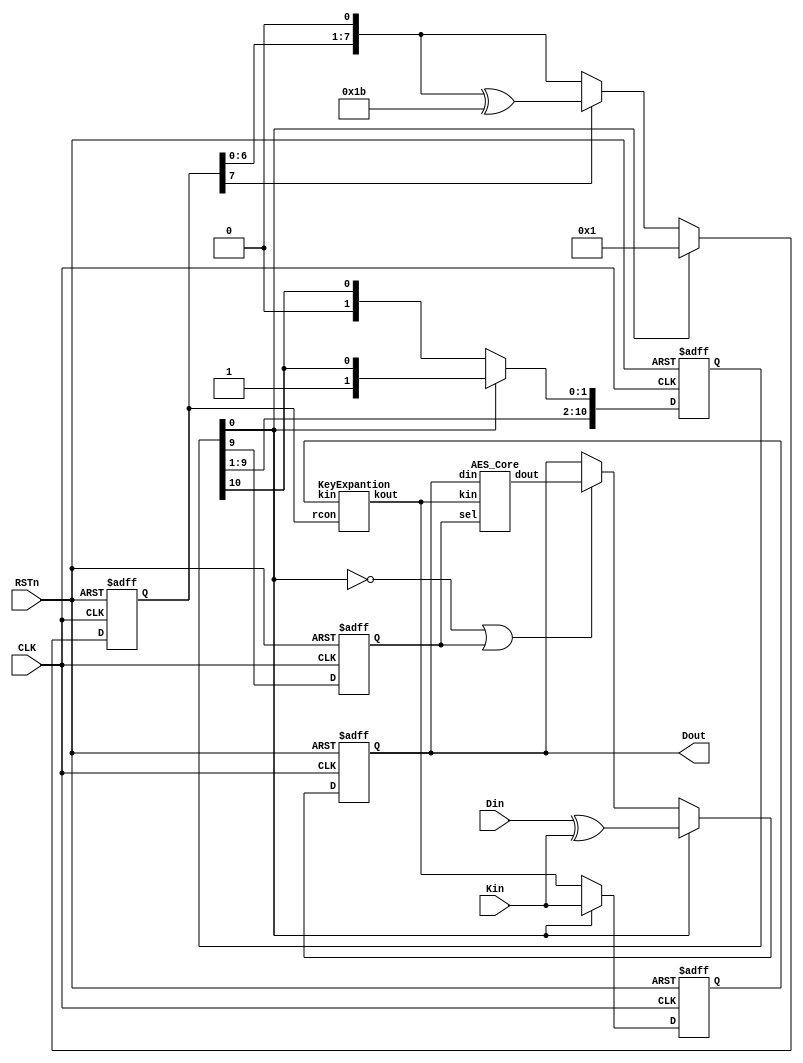
`timescale 1ns / 1ps
module aes(Kin, Din, Dout,CLK, RSTn);

   //------------------------------------------------
   input  [127:0] Kin;  // Key input
   input [127:0]  Din;  // Data input
   output [127:0] Dout; // Data output
   input          CLK;  // System clock
   input          RSTn; // Reset (Low active)

   //------------------------------------------------
   reg [127:0]    dat, rkey;
   wire [127:0]   dat_next, rkey_next;
   reg [10:0]      rnd;  
   reg [7:0]      rcon; 
  reg            sel;  // Indicate final round
   wire           rst;
   
   //------------------------------------------------
   assign rst = ~RSTn;
   
   AES_Core aes_core 
     (.din(dat),  .dout(dat_next),  .kin(rkey_next), .sel(sel));
   KeyExpantion keyexpantion 
     (.kin(rkey), .kout(rkey_next), .rcon(rcon));
   
   always @(posedge CLK or posedge rst) begin
      if (rst)             rnd <= 11'b0000_0000_01;
      else 
        if (rnd[0])     rnd <= {rnd[9:0], rnd[10]};
      else   if (~rnd[0]) rnd <= {rnd[9:0], rnd[10]};
      end
   always @(posedge CLK or posedge rst) begin
      if (rst)     sel <= 0;
      else  sel <= rnd[9];
   end
   always @(posedge CLK or posedge rst) begin
      if (rst)                 dat <= 128'h0;
      else begin
         if (rnd[0])            dat <= Din ^ Kin;
         else if (~rnd[0]|sel) dat <= dat_next;
      end
   end
   assign Dout = dat; 
   always @(posedge CLK or posedge rst) begin
      if (rst)         rkey <= 128'h0;
      else 
         if (rnd[0])  begin rkey <= Kin;end
         else             rkey <= rkey_next;
      end
  
   always @(posedge CLK or posedge rst) begin
     if (rst)          rcon <= 8'h01;
     else 
        if (rnd[0])    rcon <= 8'h01;
        else if (~rnd[0]) rcon <= xtime(rcon);
     end
 
   
   function [7:0] xtime;
      input [7:0] x;
      xtime = (x[7]==1'b0)? {x[6:0],1'b0} : {x[6:0],1'b0} ^ 8'h1B;
   endfunction

endmodule // AES_Composite_enc



//================================================ KeyExpantion
module KeyExpantion (kin, kout, rcon);

   //------------------------------------------------
   input [127:0]  kin;
   output [127:0] kout;
   input [7:0] 	  rcon;

   //------------------------------------------------
   wire [31:0]    ws, wr, w0, w1, w2, w3;

   //------------------------------------------------
   SubBytes SB0 ({kin[23:16], kin[15:8], kin[7:0], kin[31:24]}, ws);
   assign wr = {(ws[31:24] ^ rcon), ws[23:0]};

   assign w0 = wr ^ kin[127:96];
   assign w1 = w0 ^ kin[95:64];
   assign w2 = w1 ^ kin[63:32];
   assign w3 = w2 ^ kin[31:0];

   assign kout = {w0, w1, w2, w3};

endmodule // KeyExpantion



//================================================ AES_Core
module AES_Core (din, dout, kin, sel);

   //------------------------------------------------
   input  [127:0] din, kin;
   input          sel;
   output [127:0] dout;
   
   //------------------------------------------------
   wire [31:0] st0, st1, st2, st3, // state
               sb0, sb1, sb2, sb3, // SubBytes
               sr0, sr1, sr2, sr3, // ShiftRows
               sc0, sc1, sc2, sc3, // MixColumns
               sk0, sk1, sk2, sk3; // AddRoundKey

   //------------------------------------------------
   // din -> state
   assign st0 = din[127:96];
   assign st1 = din[ 95:64];
   assign st2 = din[ 63:32];
   assign st3 = din[ 31: 0];

   // SubBytes
   SubBytes SB0 (st0, sb0);
   SubBytes SB1 (st1, sb1);
   SubBytes SB2 (st2, sb2);
   SubBytes SB3 (st3, sb3);

   // ShiftRows
   assign sr0 = {sb0[31:24], sb1[23:16], sb2[15: 8], sb3[ 7: 0]};
   assign sr1 = {sb1[31:24], sb2[23:16], sb3[15: 8], sb0[ 7: 0]};
   assign sr2 = {sb2[31:24], sb3[23:16], sb0[15: 8], sb1[ 7: 0]};
   assign sr3 = {sb3[31:24], sb0[23:16], sb1[15: 8], sb2[ 7: 0]};

   // MixColumns
   MixColumns MC0 (sr0, sc0);
   MixColumns MC1 (sr1, sc1);
   MixColumns MC2 (sr2, sc2);
   MixColumns MC3 (sr3, sc3);

   // AddRoundKey
   assign sk0 = (sel) ? sr0 ^ kin[127:96] : sc0 ^ kin[127:96];
   assign sk1 = (sel) ? sr1 ^ kin[ 95:64] : sc1 ^ kin[ 95:64];
   assign sk2 = (sel) ? sr2 ^ kin[ 63:32] : sc2 ^ kin[ 63:32];
   assign sk3 = (sel) ? sr3 ^ kin[ 31: 0] : sc3 ^ kin[ 31: 0];

   // state -> dout
   assign dout = {sk0, sk1, sk2, sk3};
endmodule // AES_Core



//================================================ MixColumns
module MixColumns(x, y);

   //------------------------------------------------
   input  [31:0]  x;
   output [31:0]  y;

   //------------------------------------------------
   wire [7:0]    a0, a1, a2, a3;
   wire [7:0]    b0, b1, b2, b3;

   assign a0 = x[31:24];
   assign a1 = x[23:16];
   assign a2 = x[15: 8];
   assign a3 = x[ 7: 0];

   assign b0 = xtime(a0);
   assign b1 = xtime(a1);
   assign b2 = xtime(a2);
   assign b3 = xtime(a3);

   assign y[31:24] =    b0 ^ a1^b1 ^ a2    ^ a3;
   assign y[23:16] = a0        ^b1 ^ a2^b2 ^ a3;
   assign y[15: 8] = a0    ^ a1        ^b2 ^ a3^b3;
   assign y[ 7: 0] = a0^b0 ^ a1    ^ a2        ^b3;
  
   function [7:0] xtime;
      input [7:0] x;
      xtime = (x[7]==1'b0)? {x[6:0],1'b0} : {x[6:0],1'b0} ^ 8'h1B;
   endfunction
   
endmodule // MixColumns

   

//================================================ SubBytes
module SubBytes (x, y);

   //------------------------------------------------
   input  [31:0] x;
   output [31:0] y;

   //------------------------------------------------
   wire [31:0] 	s;

   //------------------------------------------------
   GF_MULINV_8 u3 (.x(x[31:24]), .y(s[31:24]));
   GF_MULINV_8 u2 (.x(x[23:16]), .y(s[23:16]));
   GF_MULINV_8 u1 (.x(x[15: 8]), .y(s[15: 8]));
   GF_MULINV_8 u0 (.x(x[ 7: 0]), .y(s[ 7: 0]));
 
   assign y = {mat_at(s[31:24]), mat_at(s[23:16]), 
	       mat_at(s[15: 8]), mat_at(s[ 7: 0])};
    
   //------------------------------------------------ Affine matrix
   function [7:0] mat_at;
      input [7:0] x;
      begin
	 mat_at[0] = ~(x[7] ^ x[6] ^ x[5] ^ x[4] ^ x[0]);
	 mat_at[1] = ~(x[7] ^ x[6] ^ x[5] ^ x[1] ^ x[0]);
	 mat_at[2] =   x[7] ^ x[6] ^ x[2] ^ x[1] ^ x[0];
	 mat_at[3] =   x[7] ^ x[3] ^ x[2] ^ x[1] ^ x[0];
	 mat_at[4] =   x[4] ^ x[3] ^ x[2] ^ x[1] ^ x[0];
	 mat_at[5] = ~(x[5] ^ x[4] ^ x[3] ^ x[2] ^ x[1]);
	 mat_at[6] = ~(x[6] ^ x[5] ^ x[4] ^ x[3] ^ x[2]);
	 mat_at[7] =   x[7] ^ x[6] ^ x[5] ^ x[4] ^ x[3];
      end
   endfunction
endmodule // SubBytes
module GF_MULINV_8 (x, y);

   //------------------------------------------------
   input  [7:0] x;
   output [7:0] y;
   
   //------------------------------------------------
   wire [7:0] 	xt, yt;
   wire [3:0] 	g1, g0, g1_g0, p, pi;
   
   //------------------------------------------------
   // GF(2^8) -> GF(2^2^2) transform
   assign xt = mat_x(x);

   // Multipricative inversion in GF(2^2^2)
   assign {g1, g0} = xt;
   assign g1_g0    = g1 ^ g0;

   assign p = gf_mul4_lambda(gf_sq4(g1)) ^ gf_mul4(g1_g0, g0);
   GF_MULINV_4 u0 (p, pi);
   
   assign yt[7:4]  = gf_mul4(g1, pi);
   assign yt[3:0]  = gf_mul4(g1_g0, pi);
   
   // GF(2^2^2) -> GF(2^8) inverse transform
   assign y = mat_xi(yt);
	     
   //------------------------------------------------ 
   // Isomorphism matrix (lambda = 4'b1100, phi = 2'b10)
   function [7:0] mat_x;
      input [7:0] x;
      begin
	 mat_x[7] =  x[7]        ^ x[5];
	 mat_x[6] =  x[7] ^ x[6]        ^ x[4] ^ x[3] ^ x[2] ^ x[1];
	 mat_x[5] =  x[7]        ^ x[5]        ^ x[3] ^ x[2];
	 mat_x[4] =  x[7]        ^ x[5]        ^ x[3] ^ x[2] ^ x[1];
	 mat_x[3] =  x[7] ^ x[6]                      ^ x[2] ^ x[1];
	 mat_x[2] =  x[7]               ^ x[4] ^ x[3] ^ x[2] ^ x[1];
	 mat_x[1] =         x[6]        ^ x[4]               ^ x[1];
	 mat_x[0] =         x[6]                             ^ x[1] ^ x[0];
      end
   endfunction
      
   function [7:0] mat_xi;
      input [7:0] x;
      begin
	 mat_xi[7] =  x[7] ^ x[6] ^ x[5]                      ^ x[1];
	 mat_xi[6] =         x[6]                      ^ x[2];
	 mat_xi[5] =         x[6] ^ x[5]                      ^ x[1];
	 mat_xi[4] =         x[6] ^ x[5] ^ x[4]        ^ x[2] ^ x[1];
	 mat_xi[3] =                x[5] ^ x[4] ^ x[3] ^ x[2] ^ x[1];
	 mat_xi[2] =  x[7]               ^ x[4] ^ x[3] ^ x[2] ^ x[1];
	 mat_xi[1] =                x[5] ^ x[4];
	 mat_xi[0] =         x[6] ^ x[5] ^ x[4]        ^ x[2]        ^ x[0];
      end
   endfunction
   
   //------------------------------------------------ Square 
   function [3:0] gf_sq4;
      input [3:0] x;
      begin
	 gf_sq4[0] = x[3] ^ x[1] ^ x[0];
	 gf_sq4[1] = x[2] ^ x[1];
	 gf_sq4[2] = x[3] ^ x[2];
	 gf_sq4[3] = x[3];      
      end
   endfunction // gf_sq4

   //------------------------------------------------ Multiply
   function [3:0] gf_mul4;
      input [3:0] x, y;
      begin
	 gf_mul4[3] = x[3]&y[3] ^ x[3]&y[1] ^ x[1]&y[3] ^ 
		      x[2]&y[3] ^ x[2]&y[1] ^ x[0]&y[3] ^
		      x[3]&y[2] ^ x[3]&y[0] ^ x[1]&y[2];
	 
	 gf_mul4[2] = x[3]&y[3] ^ x[3]&y[1] ^ x[1]&y[3] ^
		      x[2]&y[2] ^ x[2]&y[0] ^ x[0]&y[2];
	 
	 gf_mul4[1] = x[2]&y[3] ^ x[3]&y[2] ^ x[2]&y[2]^
		      x[1]&y[1] ^ x[0]&y[1] ^ x[1]&y[0];
	 
	 gf_mul4[0] = x[3]&y[3] ^ x[2]&y[3] ^ x[3]&y[2]^
		      x[1]&y[1] ^ x[0]&y[0];   
      end
   endfunction

   // lambda = 4'b1100
   function [3:0] gf_mul4_lambda;
      input [3:0] x;
      begin
	 gf_mul4_lambda[3] = x[2] ^ x[0];
	 gf_mul4_lambda[2] = x[3] ^ x[2] ^ x[1] ^ x[0];
	 gf_mul4_lambda[1] = x[3];
	 gf_mul4_lambda[0] = x[2];
      end
   endfunction

endmodule // GF_MULINV_8



//================================================ GF_MULINV_4
module GF_MULINV_4 (x, y);

   //------------------------------------------------
   input  [3:0] x;
   output [3:0] y;
   
   //------------------------------------------------
   wire [1:0] 	g1, g0, g1_g0, p, pi;

   
   //------------------------------------------------
   // Multipricative inversion in GF(2^2)
   assign {g1, g0} = x;
   assign g1_g0    = g1 ^ g0;

   assign p        = gf_mul2_phi(gf_sq2(g1)) ^ gf_mul2(g1_g0, g0);
   assign pi       = gf_inv2(p);

   assign y[3:2]   = gf_mul2(g1, pi);
   assign y[1:0]   = gf_mul2(g1_g0, pi);
   
   //------------------------------------------------ Square
   function [1:0] gf_sq2;
      input [1:0] x;
      begin
	 gf_sq2[1] = x[1];
	 gf_sq2[0] = x[1] ^ x[0];
      end
   endfunction // case

   //------------------------------------------------ Multiply
   function [1:0] gf_mul2;
      input [1:0] x, y;
      begin
	 gf_mul2[1] = x[1]&y[1] ^ x[0]&y[1] ^ x[1]&y[0];
	 gf_mul2[0] = x[1]&y[1] ^ x[0]&y[0];
      end
   endfunction // case

   // phi = 2'b10
   function [1:0] gf_mul2_phi;
      input [1:0] x;
      begin
	 gf_mul2_phi[1] = x[1] ^ x[0];
	 gf_mul2_phi[0] = x[1];
      end
   endfunction // case

   //------------------------------------------------ Multiplicative inversion
   function [1:0] gf_inv2;
      input [1:0] x;
      begin
	 gf_inv2[1] = x[1];
	 gf_inv2[0] = x[1] ^ x[0];
      end
   endfunction // case
      
endmodule // GF_MULINV4